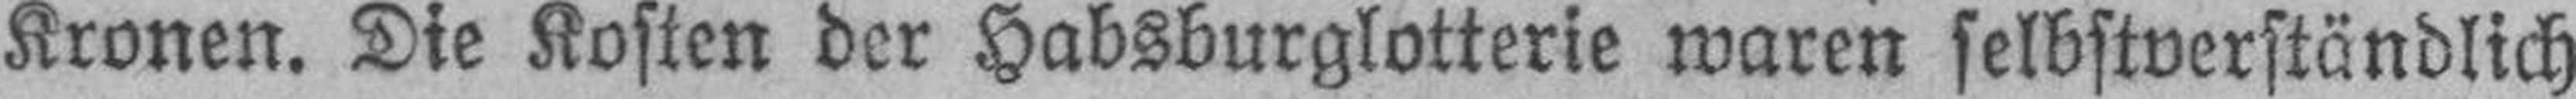
Kronen. Die Kosten der Habsburglotterie waren selbstverständlich